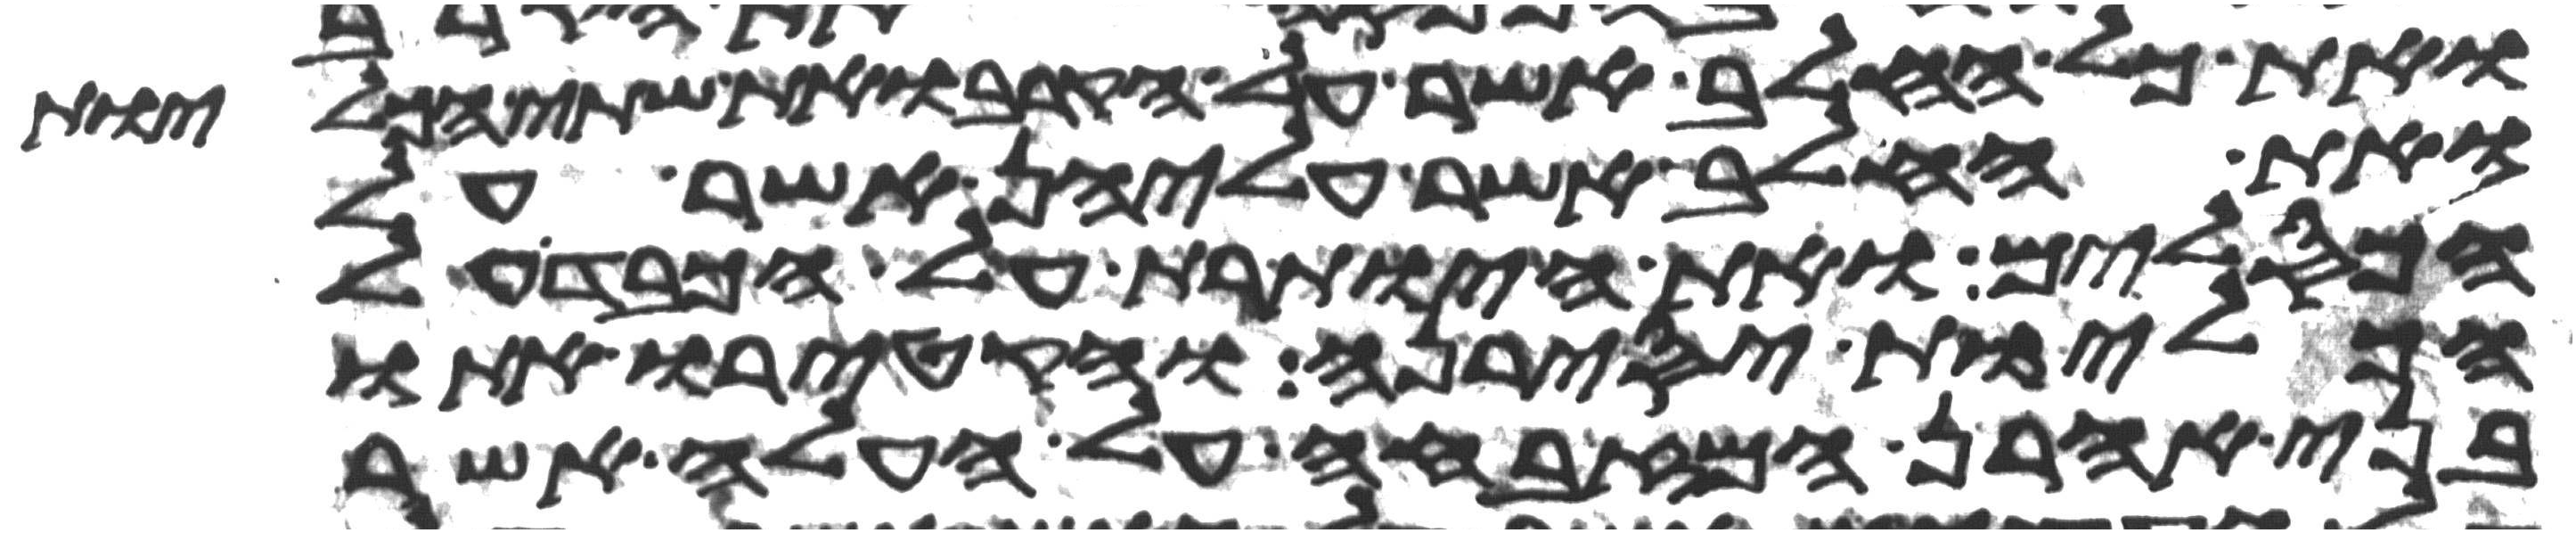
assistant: ואת כל החלב אשר על הקרב ואת שתי הכליות
ואת החלב אשר עליהן אשר על
הכסלים ואת היותרת על הכבד על
הכליות יסירנה והקטירו אתו
בני אהרן המזבחה על העלה אשר